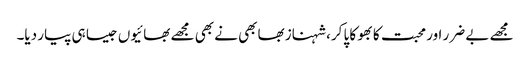
مجھے بے ضرر اور محبت کا بھوکا پا کر، شہناز بھابھی نے بھی مجھے بھائیوں جیسا ہی پیار دیا۔